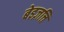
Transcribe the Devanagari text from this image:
बेइज़त्ति